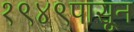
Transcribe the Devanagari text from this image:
१९४९पासून